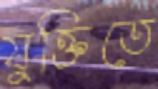
যুক্তিতে